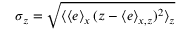
\sigma _ { z } = \sqrt { \langle \langle e \rangle _ { x } \, ( z - \langle e \rangle _ { x , z } ) ^ { 2 } \rangle _ { z } }